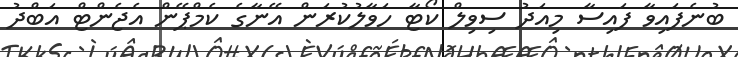
ބުނެފައިވާ ފައިސާ މިއަދު ސިވިލް ކޯޓާ ހަވާލުކުރަން އޭނާގެ ކެމްޕޭން އެޖެންޓް އަބްދު